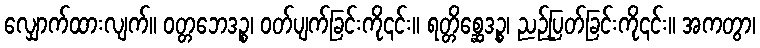
လျှောက်ထားလျက်။ ဝတ္တဘေဒဉ္စ၊ ဝတ်ပျက်ခြင်းကို၎င်း။ ရတ္တိစ္ဆေဒဉ္စ၊ ညဉ့်ပြတ်ခြင်းကို၎င်း။ အကတွာ၊